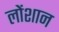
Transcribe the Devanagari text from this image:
लोंशान